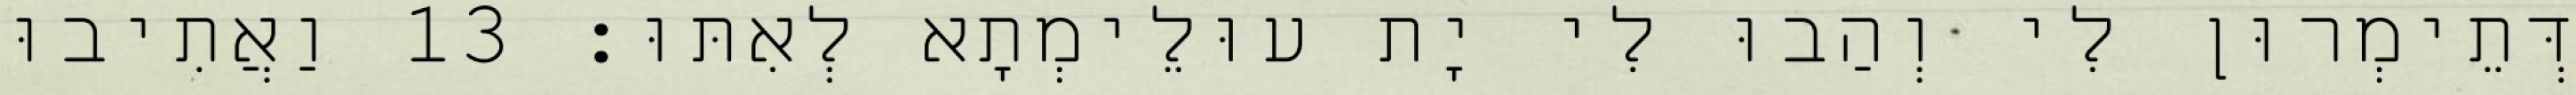
דְּתֵימְרוּן לִי וְהַבוּ לִי יָת עוּלֵימְתָא לְאִתּוּ׃ 13 וַאֲתִיבוּ